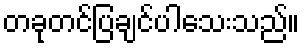
တခုတင်ပြချင်ပါသေးသည်။